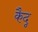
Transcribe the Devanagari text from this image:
कैदू